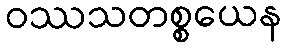
ဝဿသတစ္စယေန